Report on vaccination in Madras 1922-1929 - 1922-1929
Year: 1922
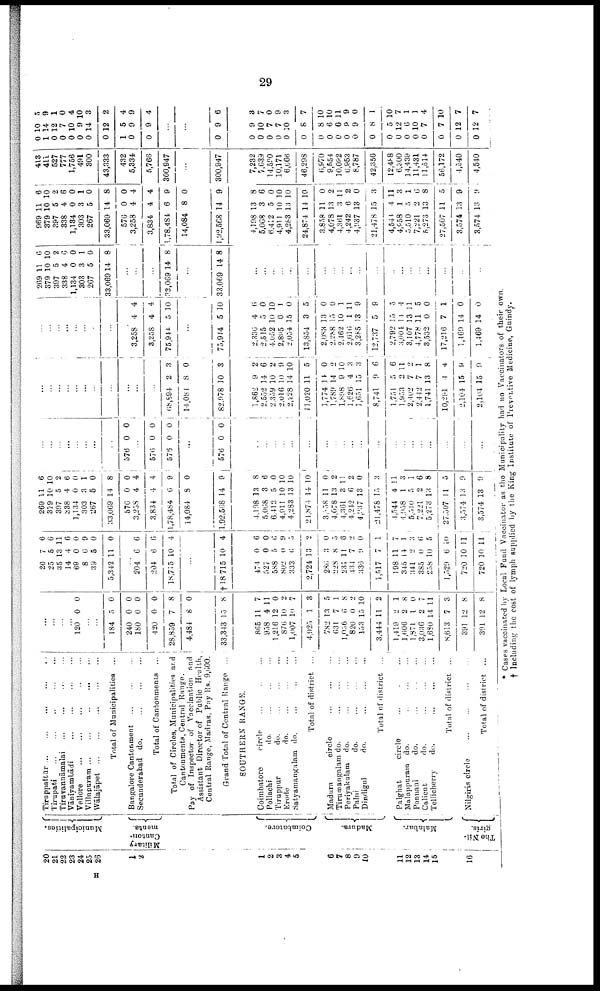
29
20
21
22
23
24
25
26
1
2
1
2
3
4
5
6
7
8
9
10
11
12
13
14
15
16
Municipalities.
Military
Canton¬
ments.
Coimbatore.
Madura.
Malabar.
The Nil¬
giris.
Tiruppattūr .
.
. ... ... ... ...
Tirupati
...
...
...
...
...
Tiruvannāmalai
...
...
...
...
...
Vāniyambādi
...
...
...
...
Vellore ... ... ... ... ...
Villupuram ...
... ... ... ...
Wālajāpet
...
...
...
...
...
Total of Municipalities ...
Bangalore Cantonment
...
...
...
Secunderabad do.
...
...
...
Total of Cantonments ...
Total of Circles, Municipalities and
Cantonments, Central Range.
Pay of Inspector of Vaccination find
Assistant Director of Public Health,
Central Range, Madras, Pay Rs. 9,600.
Grand Total of Central Range ...
SOUTHERN RANGE.
Coimbatore
circle
...
...
...
Pollachi
do.
...
...
...
Tiruppur
do. ... ... ...
Erode
do.
...
...
...
Satyamangalam do.
...
...
...
Total of district ...
Madura
circle
...
...
...
Tirumangalam do. ... ... ...
Periyakulam
do.
...
...
...
Palni
do.
...
...
...
Dindigul
do.
...
...
...
Total of district ...
Palghat
circle ... ... ...
Malappuram do. ... ... ...
Ponnani ... ... ...
Calicut
do.
...
...
...
Tellicherry
do.
...
...
...
Total of district ...
Nilgiris circle
...
...
...
...
Total of district ...
...
...
...
...
120 0 0
...
...
184
240
180
420
28,859
4,484
33,343
5
0
0
0
7
8
15
0
0
0
0
8
0
8
865
958
1,216
876
1,007
4,925
782
631
1,056
820
153
3,444
1,419
1,606
1,871
3,036
1,680
8,613
391
391
11
4
12
10
10
1
13
7
6
0
15
11
2
2
1
2
14
7
12
12
7
11
0
2
7
3
5
1
8
2
10
2
1
8
0
7
11
3
8
8
26
25
35
14
69
8
39
5,342
7
5
13
4
0
6
5
11
6
6
11
6
0
9
0
0
...
204
204
18,715
6
6
10
6
6
4
...
†18,715 10 4
474
527
588
802
333
2,724
286
228
231
434
336
1,517
198
345
341
385
258
1,529
720
720
0
0
5
0
6
13
3
8
11
7
9
7
11
14
2
0
10
6
10
10
6
0
6
9
5
2
0
5
6
2
0
1
7
1
3
6
5
10
11
11
269
379
397
338
1,134
303
267
33,069
576
3,258
3,834
1,78,484
14,084
1,92,568
11
10
5
4
0
3
5
14
0
4
4
6
8
14
6
10
2
6
0
1
0
8
0
4
4
9
0
9
4,198
5,068
6,412
4,911
4,283
21,874
3,058
4,078
4,361
4,242
4,937
21,478
4,544
4,958
5,510
7,221
5,273
27,507
3,574
3,574
13
3
5
10
13
14
11
13
3
6
13
15
4
1
5
2
13
11
13
13
8
6
0
10
10
10
0
2
11
2
0
3
11
3
1
6
8
5
9
9
...
...
...
...
...
...
...
...
576 0 0
...
576
576
0
0
0
0
...
576 0 0
...
...
...
...
...
...
...
...
...
...
...
...
...
...
...
...
...
...
...
...
...
...
...
...
...
...
...
...
...
...
...
68,894
14,084
82,978
2
8
10
3
0
3
1,862
2,552
2,359
2,016
2,228
11,020
1,774
1,789
1,898
1,626
1,651
8,741
1,751
1,953
2,402
2,442
1,741
10,291
2,104
2,104
9
14
10
10
14
11
14
14
9
4
15
9
5
2
7
7
13
4
15
15
2
6
2
9
10
5
0
2
10
3
3
6
6
11
2
1
8
4
9
9
...
...
...
...
...
...
...
...
...
3,258
8,258
75,944
4
4
5
4
4
10
...
75,944 5 10
2,336
2,515
4,052
2,895
2,054
13,854
2,083
2,288
2,462
2,616
3,285
12,737
2,792
3,004
3,107
4,778
3,532
17,216
1,469
1,469
4
5
10
0
15
3
13
15
10
1
13
5
15
14
13
11
0
7
14
14
6
0
10
1
0
5
0
0
1
11
9
9
5
4
11
5
0
1
0
0
269
379
397
338
1,134
303
267
33,069
11
10
5
4
0
3
5
14
6
10
2
6
0
1
0
8
...
...
...
33,069 14 8
...
33,069 14 8
...
...
...
...
...
...
...
...
...
...
...
...
...
...
...
...
...
...
...
...
969
379
397
338
1,134
303
267
33,069
576
3,258
3,834
1,78,484
14,084
1,92,568
11
10
5
4
0
3
5
14
0
4
4
6
8
14
6
10
2
6
0
1
0
8
0
4
4
9
0
9
4,198
5,068
6,412
4,911
4,283
24,874
3,858
4,078
4,361
4,242
4,937
21,478
4,544
4,958
5,510
7,221
5,273
27,507
3,574
3,574
13
3
5
10
13
14
11
13
3
6
13
15
4
1
...
2
13
11
13
13
8
6
0
10
10
10
0
2
11
2
0
3
11
3
1
6
8
5
9
9
413
411
527
777
1,756
491
300
43,333
432
5,334
5,766
300,947
...
300,947
7,232
7,639
14,500
10,171
6,666
46,298
6,970
9,554
10,092
6,953
8,787
42,356
12,488
6,300
14,439
11,431
11,514
56,172
4,540
4,540
0
1
0
0
0
0
0
0
1
0
0
10
14
12
7
10
9
14
12
5
9
9
...
5
9
1
0
4
10
3
2
4
9
4
...
...
0 9 6
0
0
0
0
0
0
0
0
0
0
0
0
0
0
0
0
0
0
0
0
9
10
7
7
10
8
8
6
6
9
9
8
5
12
6
10
7
7
12
12
3
7
0
9
3
7
10
10
11
9
0
1
10
7
1
1
4
10
7
7
* Cases vaccinated by Local Fund Vaccinator as the Municipality had no Vaccinators of their own.
† Including the cost of lymph supplied by the King Institute of Preventive Medicine, Guindy.
H